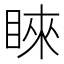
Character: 睞